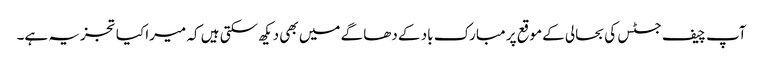
آپ چیف جسٹس کی بحالی کے موقع پر مبارک باد کے دھاگے میں بھی دیکھ سکتی ہیں کہ میرا کیا تجزیہ ہے۔